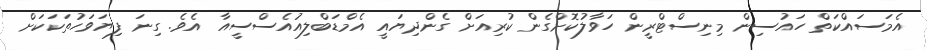
އެމަސައްކަތް ހައުސިން މިނިސްޓްރީން ހަވާލުކޮށްގެން ކުރިއަށް ގެންދިޔައީ އެމްޑަބްލިއުއެސްސީއާ އެވެ. ގިނަ ފިޔަވަހުތަކަކަށް